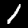
Digit: 1